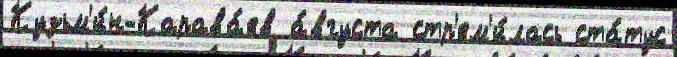
Кузьм'и́н-Карава́ев а́вгуста стр'ем'и́лась ста́тус